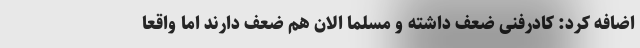
اضافه کرد: کادرفنی ضعف داشته و مسلما الان هم ضعف‌ دارند اما واقعا